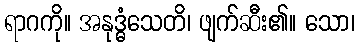
ရာဂကို။ အနုဒ္ဓံသေတိ၊ ဖျက်ဆီး၏။ သော၊